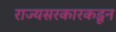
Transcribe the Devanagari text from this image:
राज्यसरकारकडून